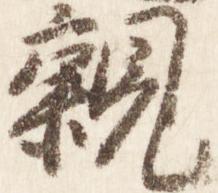
親